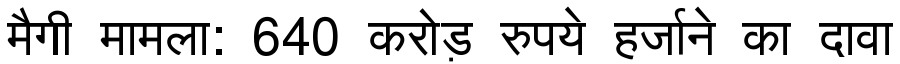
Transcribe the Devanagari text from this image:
मैगी मामला: 640 करोड़ रुपये हर्जाने का दावा